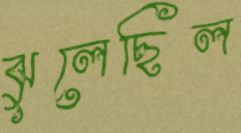
ঝুলেছিল